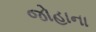
જોહાના